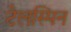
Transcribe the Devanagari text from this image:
टेलस्पिन